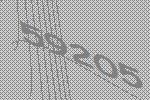
59205